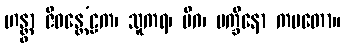
ဟန္တွာ ဇီဝန္တေ’ဠက၊ သူကရ၊ မိဂ၊ ပက္ခိနော ကမတော။